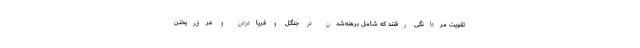
تقویت مردانگی رفتند که شامل برهنه‌شدن در جنگل و فریادزدن و عرق‌ریختن